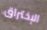
الإختراق